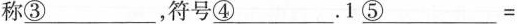
称\underline{③}，符号\underline{④}。1\underline{⑤}=